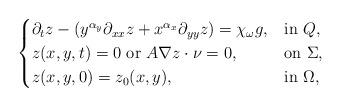
LaTeX: \begin{align*}\begin{cases}\partial_{t}z - (y^{\alpha_y}\partial_{xx}z +x^{\alpha_x}\partial_{yy}z )=\chi_{\omega}g, & \mbox{in} \ Q, \\z(x,y,t)=0 \ \mbox{or} \ A\nabla z \cdot \nu =0, & \mbox{on} \ \Sigma, \\z(x, y, 0)= z_{0}(x, y), & \mbox{in} \ \Omega, \end{cases}\end{align*}